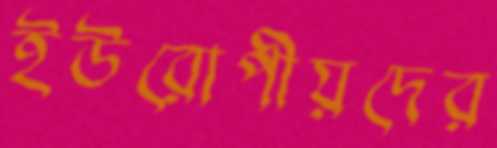
ইউরোপীয়দের